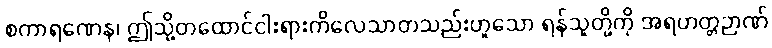
စကာရဏေန၊ ဤသို့တထောင်ငါးရားကိလေသာတသည်းဟူသော ရန်သူတို့ကို အရဟတ္တဉာဏ်